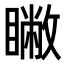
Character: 𥋗